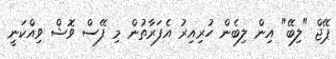
ޕޭޖް "ލިބޭ" އިން ލިބެން ހުރިއިރު އެފަރާތުން މި ފޭސް ވޮޝް ވިއްކަނީ